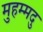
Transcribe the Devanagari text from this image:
मुहम्मदु